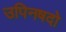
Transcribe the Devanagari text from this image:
उपिनषदो